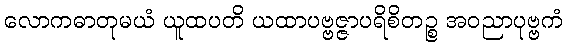
လောကဓာတုမယံ ယူထပတိ ယထာပဗ္ဗဇ္ဇာပရိစိတဉ္စ အဝညာပုဗ္ဗကံ